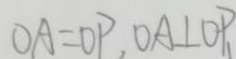
O A = O P , O A \bot O P _ { 1 }